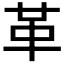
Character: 革